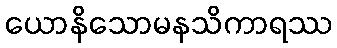
ယောနိသောမနသိကာရဿ